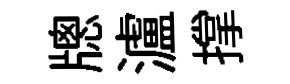
牕瀘撑